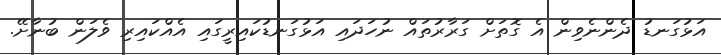
އަޅުގަނޑު ދެންނެވިން އެ ގޮތަށް ގަރާރުތައް ނުހަދައި އަޅުގަނޑުކައިރީގައި އެއްކައިރި ވެލަން ބުނާށޭ.